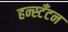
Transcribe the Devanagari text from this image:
हन्स्टँटन